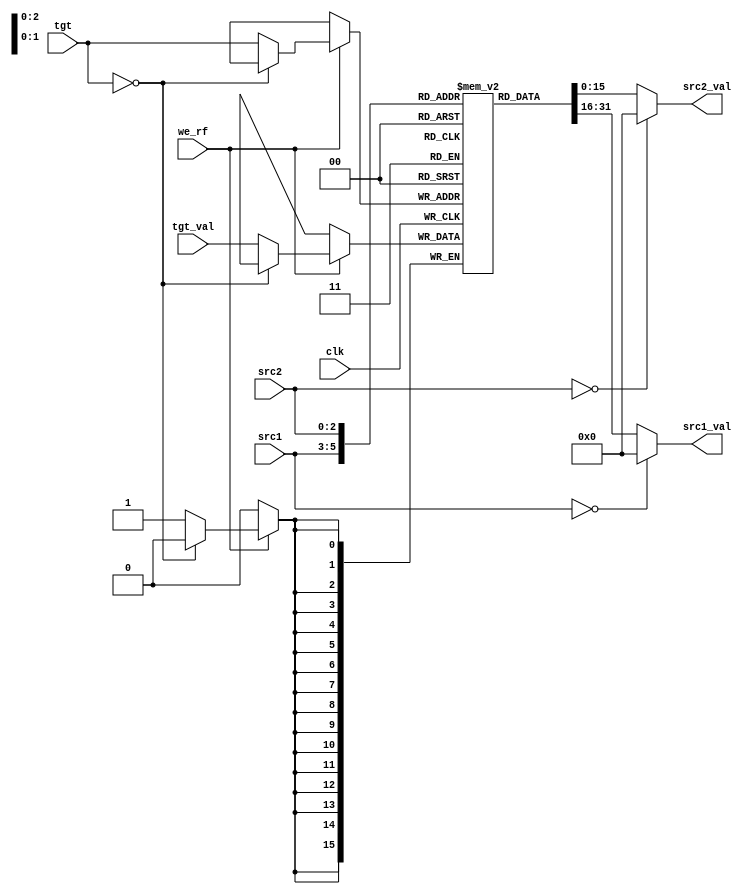
module registers(
    input wire clk, // latch at negedge
    input wire we_rf,
    input wire [2:0] tgt,
    input wire [2:0] src1,
    input wire [2:0] src2,
    input wire [15:0] tgt_val,
    output wire [15:0] src1_val,
    output wire [15:0] src2_val
);

reg [15:0] regs [7:0];
reg [15:0] _src1_val;
reg [15:0] _src2_val;

always @(negedge clk) begin
    if (we_rf) begin
        case(tgt)
            3'b0: ;
            default: regs[tgt] = tgt_val;
        endcase
    end
end

always @(*) begin
    case(src1)
        3'b0: _src1_val = 16'b0;
        default: _src1_val = regs[src1];
    endcase
    case(src2)
        3'b0: _src2_val = 16'b0;
        default: _src2_val = regs[src2];
    endcase
end

assign src1_val = _src1_val;
assign src2_val = _src2_val;

endmodule